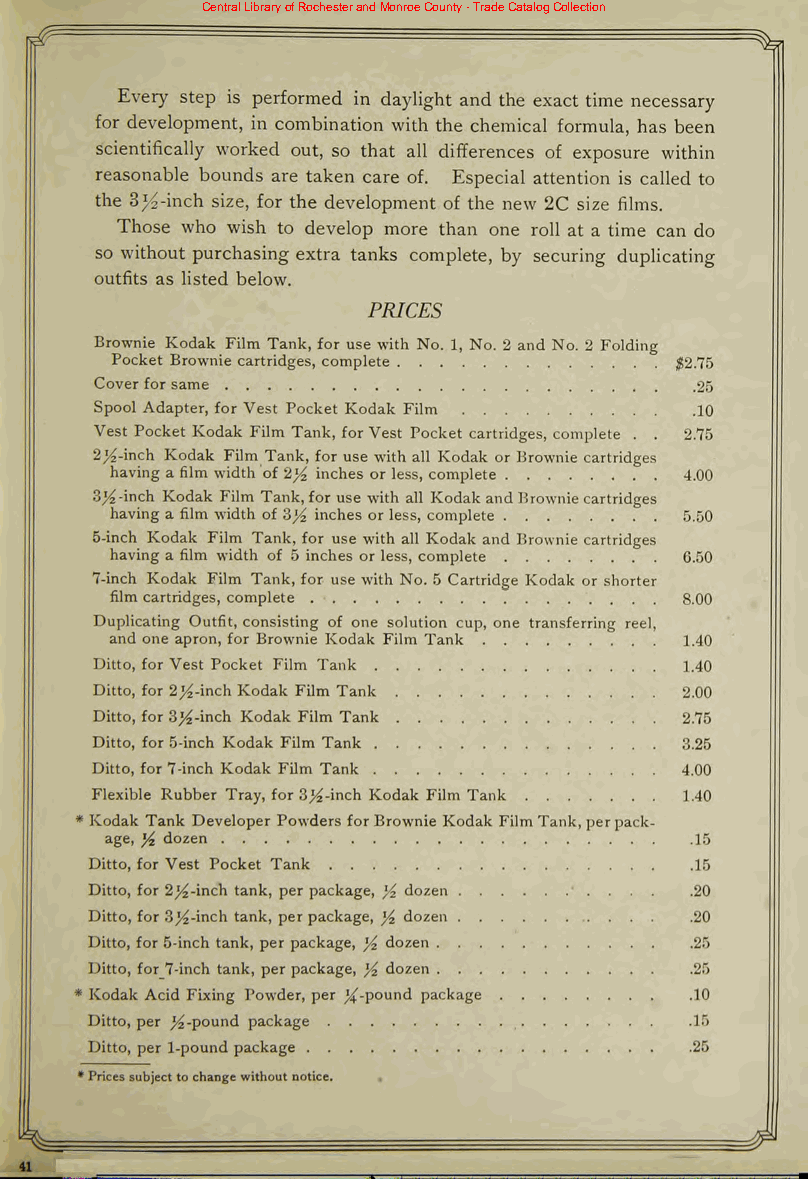
Central Library of Rochester and Monroe County - Trade Catalog Collection
 Every step is performed in daylight and the exact time necessary
 for development, in combination with the chemical formula, has been
 scientifically worked out, so that all differences of exposure within
 reasonable bounds are taken care of. Especial attention is called to
 the 3^-inch size, for the development of the new 2C size films.
 Those who wish to develop more than one roll at a time can do
 so without purchasing extra tanks complete, by securing duplicating
 outfits as listed below.
 PRICES
 Brownie Kodak Film Tank, for use with No. 1, No. 2 and No. 2 Folding
 Pocket Brownie cartridges, complete   $2.75
 Coverforsame                            .25
 Spool Adapter, for Vest Pocket Kodak Film 10
 Vest Pocket Kodak Film Tank, forVest Pocket cartridges, complete 2.75
 . .
 2^-inch Kodak Film Tank, for use with all Kodak or Brownie cartridges
 having afilm width of 2)4 inches orless, complete 4.00
 3^-inch Kodak Film Tank,for use with all KodakandBrowniecartridges
 havinga film width of 3)4 inches orless, complete 5.50
 5-inch Kodak Film Tank, for use with all Kodak and Brownie cartridges
 havinga film width of 5 inches orless, complete 6.50
 7-inch Kodak Film Tank,for use with No. 5 Cartridge Kodak or shorter
 filmcartridges, complete              8.00
 Duplicating Outfit, consisting of one solution cup, one transferring reel,
 and one apron, for Brownie Kodak Film Tank 1.40
 Ditto, for Vest Pocket Film Tank       1.40
 Ditto, for 2j^-inchKodak Film Tank     2.00
 Ditto, for3>-inch Kodak Film Tank      2.75
 Ditto, for5-inch Kodak Film Tank       3.25
 Ditto, for7-inch Kodak Film Tank       4.00
 Flexible Rubber Tray, for3)4-mch Kodak Film Tank 1.40
 * Kodak Tank Developer Powders forBrownie Kodak FilmTank,perpack
 age, yz dozen                          .15
 Ditto, for Vest Pocket Tank             15
 Ditto, for 2)4-'mch tank, per package, y2 dozen .20
 Ditto, for 3^-inch tank, perpackage, yz dozen .20
 Ditto, for 5-inch tank, per package, y2 dozen .25
 Ditto, for 7-inch tank, per package, y2 dozen 25
 * Kodak Acid Fixing Powder, per ^-pound package .10
 Ditto, per ^-pound package              .15
 Ditto, per 1-pound package              .25
 *Pricessubjecttochangewithoutnotice.
 ^
 41